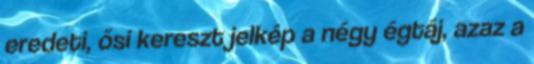
eredeti, ősi kereszt jelkép a négy égtáj, azaz a